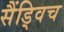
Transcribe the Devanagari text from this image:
सैंड्विच